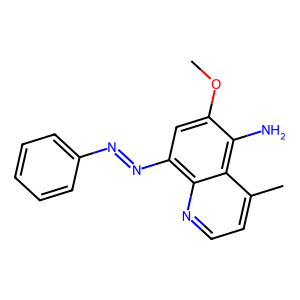
SMILES: COc1cc(N=Nc2ccccc2)c2nccc(C)c2c1N
Inhibits HIV replication: No